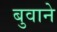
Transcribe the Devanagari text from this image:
बुवाने